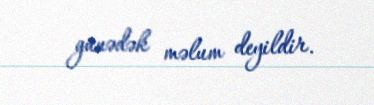
günədək məlum deyildir.